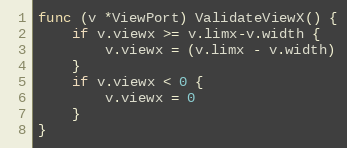
Language: Go
func (v *ViewPort) ValidateViewX() {
	if v.viewx >= v.limx-v.width {
		v.viewx = (v.limx - v.width)
	}
	if v.viewx < 0 {
		v.viewx = 0
	}
}